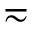
\eqsim